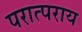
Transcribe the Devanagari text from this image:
परात्पराय